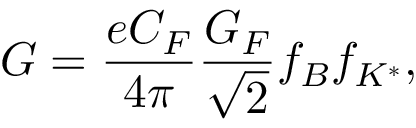
G = { \frac { e C _ { F } } { 4 \pi } } { \frac { G _ { F } } { \sqrt 2 } } f _ { B } f _ { K ^ { * } } ,